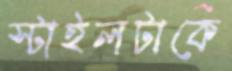
স্টাইলটাকে